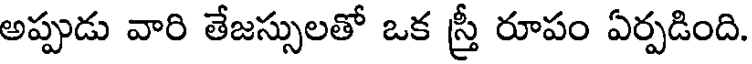
అప్పుడు వారి తేజస్సులతో ఒక స్తీ రూపం ఏర్పడింది.